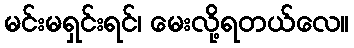
မင်းမရှင်းရင်၊ မေးလို့ရတယ်လေ။